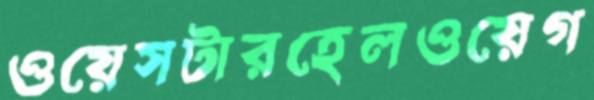
ওয়েসটারহেলওয়েগ